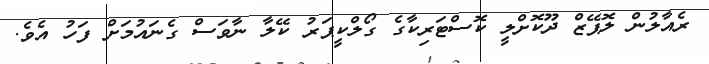
ރެއާލުން ލޮޕޭޒް ދޫކޮށްލީ ކޮސްޓަރިކާގެ ގޯލްކީޕަރު ކޭލާ ނާވަސް ގެނައުމަށް ފަހު އެވެ.